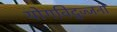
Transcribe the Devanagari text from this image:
योगविद्वज्जनों